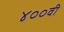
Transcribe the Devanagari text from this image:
४००वी